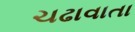
ચઢાવાતા